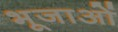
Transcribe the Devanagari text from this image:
भूजाओं